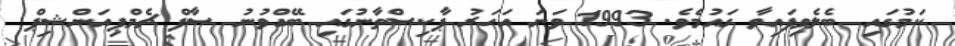
ކަމުގައި ބެލެވިފައިވާ ގައުމެވެ. 1993 ވަނަ އަހަރު ޕާކިސްތާނުގައި ބޭއްވުނު ސާފް ޗެމްޕިއަންޝިޕް